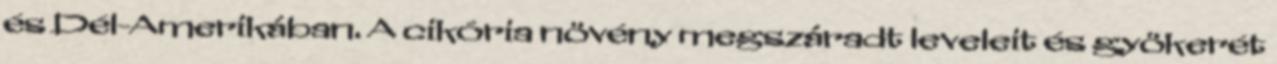
és Dél-Amerikában. A cikória növény megszáradt leveleit és gyökerét